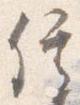
信